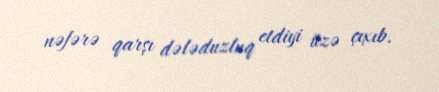
nəfərə qarşı dələduzluq etdiyi üzə çıxıb.